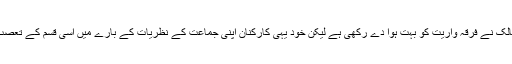
اسی طرح اسلامی تحریکوں کے کارکنان، مسالک کے پیروکاروں پر تو خوب تنقید کرتے ہیں کہ مسالک نے فرقہ واریت کو بہت ہوا دے رکھی ہے لیکن خود یہی کارکنان اپنی جماعت کے نظریات کے بارے میں اسی قسم کے تعصب میں مبتلا ہوتے ہیں کہ جیسا تعصب مسالک کے پیروکار ایک دوسرے کے بارے میں رکھتے ہیں۔